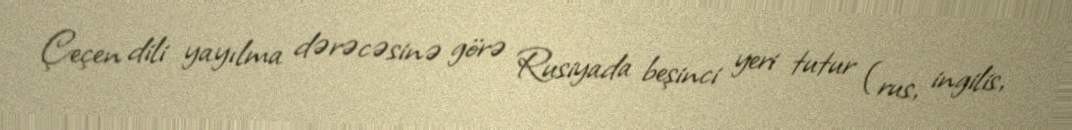
Çeçen dili yayılma dərəcəsinə görə Rusiyada beşinci yeri tutur (rus, ingilis,